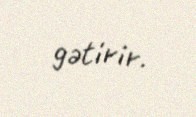
gətirir.